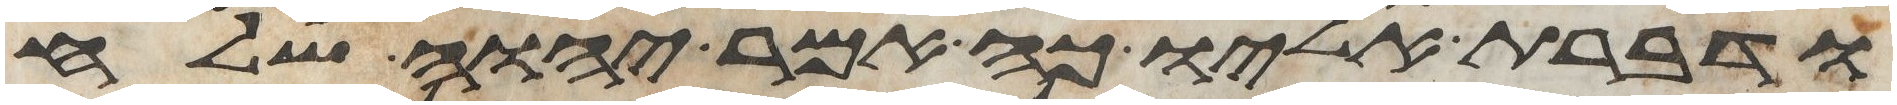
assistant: ודברת אליו כה אמר יהוה שלח